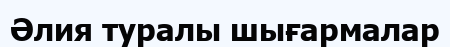
Әлия туралы шығармалар